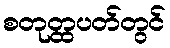
စတုတ္ထပတ်တွင်